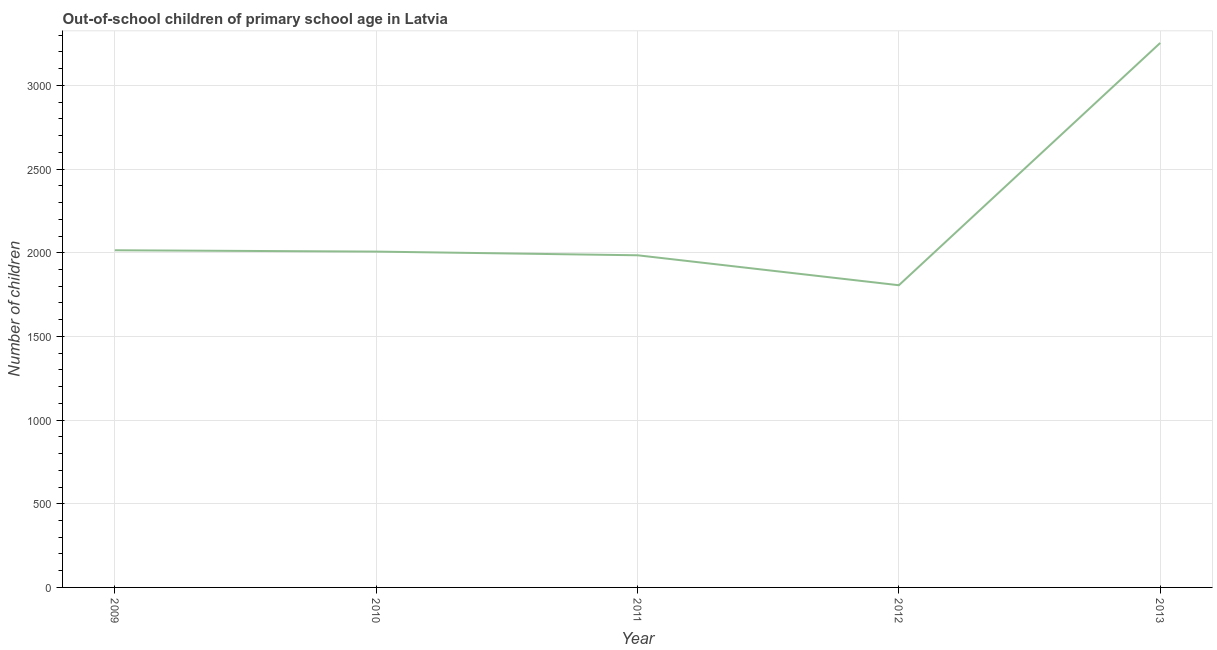
| Year | Out-of-school children of primary school age |
 | --- | --- |
 | 2009 | 2.02e+03 |
 | 2010 | 2.01e+03 |
 | 2011 | 1.98e+03 |
 | 2012 | 1.81e+03 |
 | 2013 | 3.25e+03 |